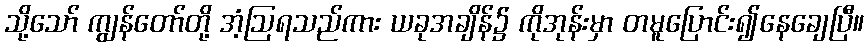
သို့သော် ကျွန်တော်တို့ အံ့ဩရသည်ကား ယခုအချိန်၌ ကိုအုန်းမှာ တမူပြောင်း၍နေချေပြီ။